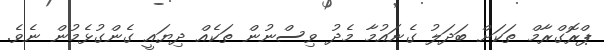
ޕްރޮގްރާމް ތަކަށް ބަދަލު ގެނައުމާ މެދު ވިސްނުން ތަކެއް ދިޔައީ ގެންގުޅެމުން ނެވެ.